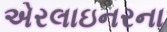
એરલાઇનરના